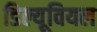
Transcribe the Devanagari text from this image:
डिल्यूवियल